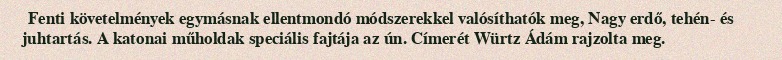
Fenti követelmények egymásnak ellentmondó módszerekkel valósíthatók meg, Nagy erdő, tehén- és juhtartás. A katonai műholdak speciális fajtája az ún. Címerét Würtz Ádám rajzolta meg.